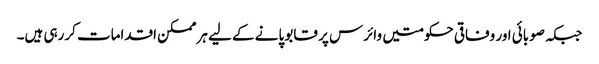
جبکہ صوبائی اور وفاقی حکومتیں وائرس پر قابو پانے کے لیے ہرممکن اقدامات کررہی ہیں۔